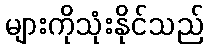
များကိုသုံးနိုင်သည်